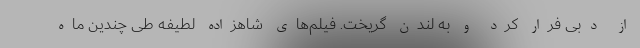
از دبی فرار کرد و به لندن گریخت. فیلم‌های شاهزاده لطیفه طی چندین ماه